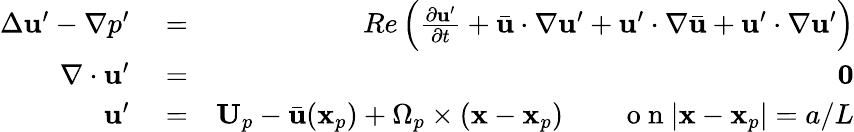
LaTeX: \begin{array}{rlr}{\Delta\mathbf{u}^{\prime}-\nabla p^{\prime}}&{{}=}&{Re\left(\frac{\partial\mathbf{u}^{\prime}}{\partial t}+\bar{\mathbf{u}}\cdot\nabla\mathbf{u}^{\prime}+\mathbf{u}^{\prime}\cdot\nabla\bar{\mathbf{u}}+\mathbf{u}^{\prime}\cdot\nabla\mathbf{u}^{\prime}\right)}\\ {\nabla\cdot\mathbf{u}^{\prime}}&{{}=}&{\mathbf{0}}\\ {\mathbf{u}^{\prime}}&{{}=}&{\mathbf{U}_{p}-\bar{\mathbf{u}}(\mathbf{x}_{p})+\Omega_{p}\times(\mathbf{x}-\mathbf{x}_{p})\qquad\mathrm{~o~n~}|\mathbf{x}-\mathbf{x}_{p}|=a/L}\end{array}